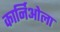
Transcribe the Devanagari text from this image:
कार्निओला